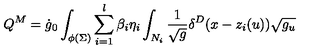
Q ^ { M } = \dot { g } _ { 0 } \int _ { \phi ( \Sigma ) } \sum _ { i = 1 } ^ { l } \beta _ { i } \eta _ { i } \int _ { N _ { i } } \frac 1 { \sqrt { g } } \delta ^ { D } ( x - z _ { i } ( u ) ) \sqrt { g _ { u } }